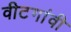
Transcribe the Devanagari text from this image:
वीटगांवी